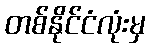
တစ်နိုင်ငံလုံးမှ